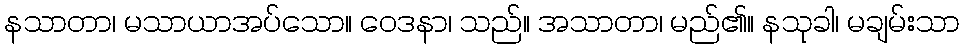
နသာတာ၊ မသာယာအပ်သော။ ဝေဒနာ၊ သည်။ အသာတာ၊ မည်၏။ နသုခါ၊ မချမ်းသာ